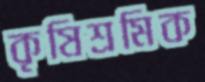
কৃষিশ্রমিক